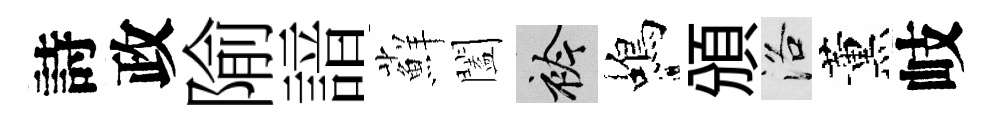
詩政隃諳蘚闔衿蝎頒洛薰岐